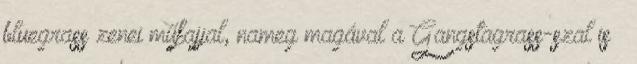
bluegrass zenei műfajjal, nameg magával a Gangstagrass-szal is –